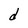
Character: d